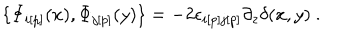
LaTeX: \{ { \Phi } _ { i [ p ] } ( x ) , { \Phi } _ { j [ p ] } ( y ) \} = - 2 { \epsilon } _ { i [ p ] j [ p ] } \partial _ { z } { \delta } ( x , y ) \ .